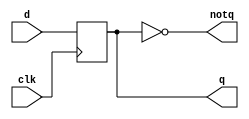
`timescale 1ns / 1ps
//////////////////////////////////////////////////////////////////////////////////
// Company: 
// Engineer: 
// 
// Design Name: 
// Module Name: dFlipflop
// Project Name: 
// Target Devices: 
// Tool Versions: 
// Description: 
// 
// Dependencies: 
// 
// Revision:
// Revision 0.01 - File Created
// Additional Comments:
// 
//////////////////////////////////////////////////////////////////////////////////


module dFlipflop(
    output reg q,
    output reg notq,
    input d,
    input clk
    );
    
    reg state;
    initial state = 0;
    always @(posedge clk) state = d;
    always @(state) {q,notq} = {state,~state};
    
endmodule